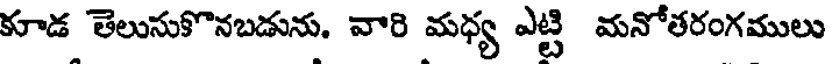
కూడ తెలుసుకొనబడును. వారి మధ్య ఎట్టి మనోతరంగములు